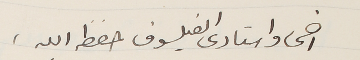
اخى واستادى الفيلسوف حفظ الله.